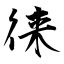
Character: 徕